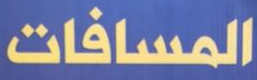
المسافات